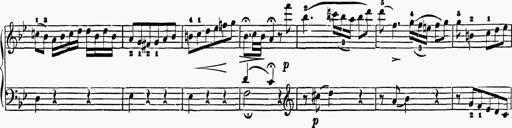
Title: 6 Sonatas
Composer: Muzio Clementi